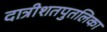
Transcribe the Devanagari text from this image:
दात्रीशतपुतलिका